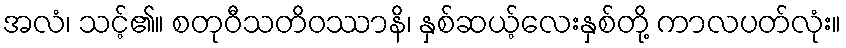
အလံ၊ သင့်၏။ စတုဝီသတိဝဿာနိ၊ နှစ်ဆယ့်လေးနှစ်တို့ ကာလပတ်လုံး။